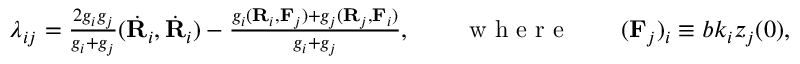
\begin{array} { r } { \lambda _ { i j } = \frac { 2 g _ { i } g _ { j } } { g _ { i } + g _ { j } } ( \dot { \bf R } _ { i } , \dot { \bf R } _ { i } ) - \frac { g _ { i } ( { \bf R } _ { i } , { \bf F } _ { j } ) + g _ { j } ( { \bf R } _ { j } , { \bf F } _ { i } ) } { g _ { i } + g _ { j } } , \qquad \mathrm { ~ w ~ h ~ e ~ r ~ e ~ } \qquad ( { \bf F } _ { j } ) _ { i } \equiv b k _ { i } z _ { j } ( 0 ) , } \end{array}